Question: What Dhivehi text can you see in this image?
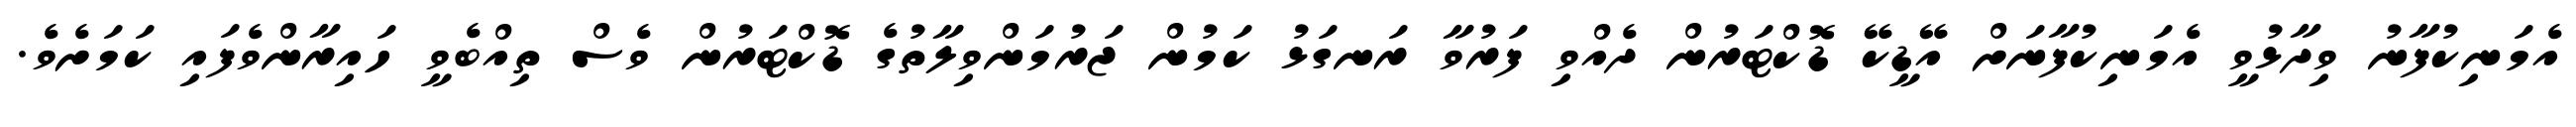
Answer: އެމަނިކުފާނު ވިދާޅުވީ އެމަނިކުފާނަށް އޭޑީކޭ ޑޮކްޓަރުން ދެއްވި ފަރުވާ ރަނގަޅު ކަމުން ޖަރުމަންވިލާތުގެ ޑޮކްޓަރުން ވެސް ތިއްބެވީ ހައިރާންވެފައި ކަމަށެވެ.